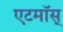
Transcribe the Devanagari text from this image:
एटमॉस्